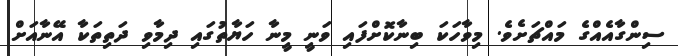
ސިންގާއެއްގެ މައްޗަށެވެ. މިވާހަކަ ބިނާކޮށްފައި ވަނީ މީނާ ހަޔާތުގައި ދިމާވި ދަތިތަކާ އޭނާއަށް